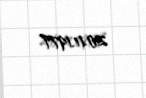
20.11.1977